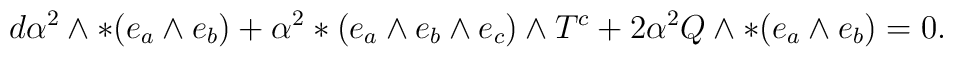
d\alpha^2 \wedge *(e_a \wedge e_b) + \alpha^2*(e_a \wedge e_b \wedge e_c) \wedge T^c + 2 \alpha^2 Q \wedge *(e_a\wedge e_b) = 0.